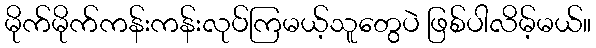
မိုက်မိုက်ကန်းကန်းလုပ်ကြမယ့်သူတွေပဲ ဖြစ်ပါလိမ့်မယ်။